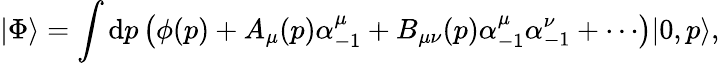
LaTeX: |\Phi\rangle=\int\mathrm{d}p\left(\phi(p)+A_{\mu}(p)\alpha_{-1}^{\mu}+B_{\mu\nu}(p)\alpha_{-1}^{\mu}\alpha_{-1}^{\nu}+\cdots\right)|0,p\rangle,